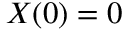
X ( 0 ) = 0